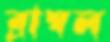
ব্রাম্বল